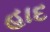
હાદ